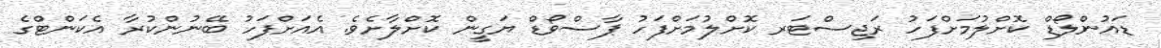
ޑައުންލޯޑް ކޮށްލުމަށްފަހު ރަޖިސްޓަރ ކޮށްލުމަށްފަހު ޕާސްވޯޑް ޔަގީން ކޮށްލާށެވެ. އެއަށްފަހު ބޭނުންކުރާ އެކަންޓްގެ